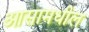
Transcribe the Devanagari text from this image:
आसामधील